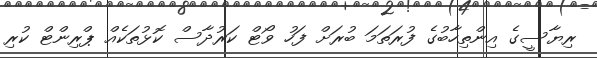
ރިޔާސީގެ އިންތިހާބުގެ ފުރަތަމަ ބުރަށް ފަހު ވޯޓް ކަރުދާސް ކޮޅުތަކެއް ޕްރިންޓް ކުރި